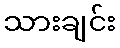
သားချင်း